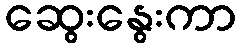
ဆွေးနွေးကာ